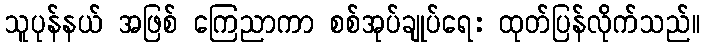
သူပုန်နယ် အဖြစ် ကြေညာကာ စစ်အုပ်ချုပ်ရေး ထုတ်ပြန်လိုက်သည်။